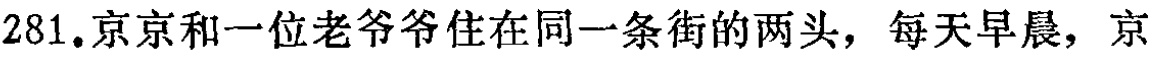
281.京京和一位老爷爷住在同一条街的两头，每天早晨，京